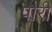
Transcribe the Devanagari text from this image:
पौरी